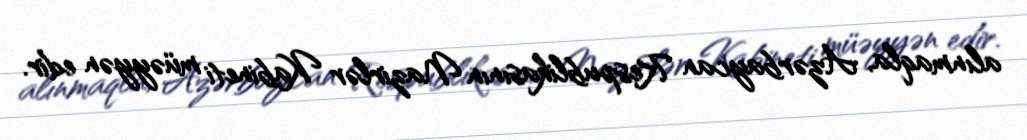
alınmaqla, Azərbaycan Respublikasının Nazirlər Kabineti müəyyən edir.